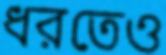
ধরতেও